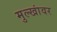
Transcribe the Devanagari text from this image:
मुल्खांवर